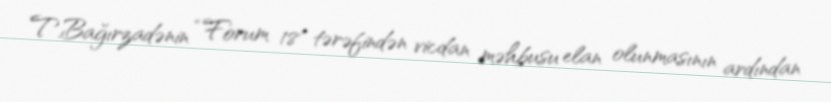
T.Bağırzadənin “Forum 18" tərəfindən vicdan məhbusu elan olunmasının ardından